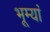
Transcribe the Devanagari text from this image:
भूम्यां